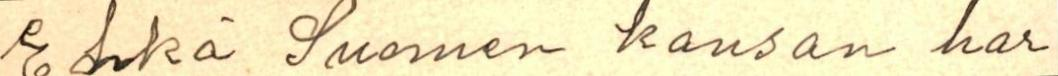
Ehkä Suomen kansan har